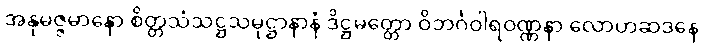
အနုမဇ္ဇမာနော စိတ္တသံသဋ္ဌသမုဋ္ဌာနာနံ ဒိဋ္ဌမတ္တော ဝိဘင်္ဂဝါရဝဏ္ဏနာ လောဟဆဒနေ